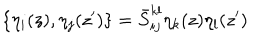
\{ \eta _ { i } ( z ) , \eta _ { j } ( z ^ { \prime } ) \} = \bar { S } _ { i j } ^ { k l } \eta _ { k } ( z ) \eta _ { l } ( z ^ { \prime } )